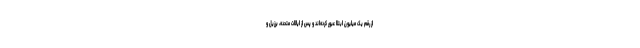
از رقم یک میلیون ابتلا عبور کرده‌اند و پس از ایالات متحده، برزیل و